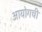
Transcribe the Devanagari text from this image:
आयोगची